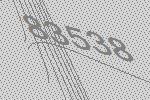
83538